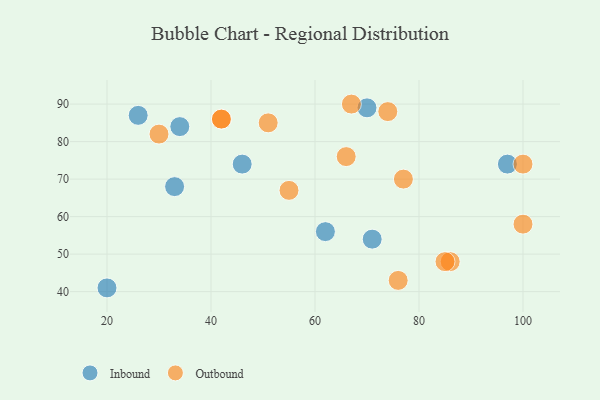
{"axis": {"x": "GDP", "y": "Life Expectancy"}, "legend": ["Inbound", "Outbound"], "data": [{"x": "71", "y": 54, "type": "Inbound"}, {"x": "26", "y": 87, "type": "Inbound"}, {"x": "62", "y": 56, "type": "Inbound"}, {"x": "33", "y": 68, "type": "Inbound"}, {"x": "34", "y": 84, "type": "Inbound"}, {"x": "97", "y": 74, "type": "Inbound"}, {"x": "46", "y": 74, "type": "Inbound"}, {"x": "70", "y": 89, "type": "Inbound"}, {"x": "20", "y": 41, "type": "Inbound"}, {"x": "30", "y": 82, "type": "Outbound"}, {"x": "76", "y": 43, "type": "Outbound"}, {"x": "66", "y": 76, "type": "Outbound"}, {"x": "42", "y": 86, "type": "Outbound"}, {"x": "77", "y": 70, "type": "Outbound"}, {"x": "86", "y": 48, "type": "Outbound"}, {"x": "74", "y": 88, "type": "Outbound"}, {"x": "55", "y": 67, "type": "Outbound"}, {"x": "100", "y": 58, "type": "Outbound"}, {"x": "51", "y": 85, "type": "Outbound"}, {"x": "67", "y": 90, "type": "Outbound"}, {"x": "100", "y": 74, "type": "Outbound"}, {"x": "42", "y": 86, "type": "Outbound"}, {"x": "85", "y": 48, "type": "Outbound"}]}